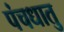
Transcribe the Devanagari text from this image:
पंचधातु